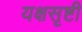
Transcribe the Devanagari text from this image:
यक्षसृष्टी